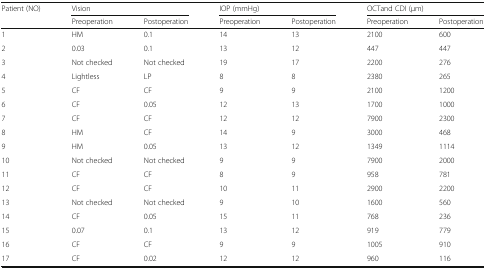
| Patient (NO) | <COLSPAN=2> Vision | <COLSPAN=2> IOP (mmHg) | <COLSPAN=2> OCTand CDI (μm) |
 |  | Preoperation | Postoperation | Preoperation | Postoperation | Preoperation | Postoperation |
 | --- | --- | --- | --- | --- | --- | --- |
 | 1 | HM | 0.1 | 14 | 13 | 2100 | 600 |
 | 2 | 0.03 | 0.1 | 13 | 12 | 447 | 447 |
 | 3 | Not checked | Not checked | 19 | 17 | 2200 | 276 |
 | 4 | Lightless | LP | 8 | 8 | 2380 | 265 |
 | 5 | CF | CF | 9 | 9 | 2100 | 1200 |
 | 6 | CF | 0.05 | 12 | 13 | 1700 | 1000 |
 | 7 | CF | CF | 12 | 12 | 7900 | 2300 |
 | 8 | HM | CF | 14 | 9 | 3000 | 468 |
 | 9 | HM | 0.05 | 13 | 12 | 1349 | 1114 |
 | 10 | Not checked | Not checked | 9 | 9 | 7900 | 2000 |
 | 11 | CF | CF | 8 | 9 | 958 | 781 |
 | 12 | CF | CF | 10 | 11 | 2900 | 2200 |
 | 13 | Not checked | Not checked | 9 | 10 | 1600 | 560 |
 | 14 | CF | 0.05 | 15 | 11 | 768 | 236 |
 | 15 | 0.07 | 0.1 | 13 | 12 | 919 | 779 |
 | 16 | CF | CF | 9 | 9 | 1005 | 910 |
 | 17 | CF | 0.02 | 12 | 12 | 960 | 116 |